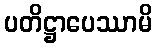
ပတိဋ္ဌာပေဿာမိ